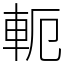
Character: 軛